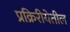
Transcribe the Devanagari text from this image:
प्रक्रिरीयेतील